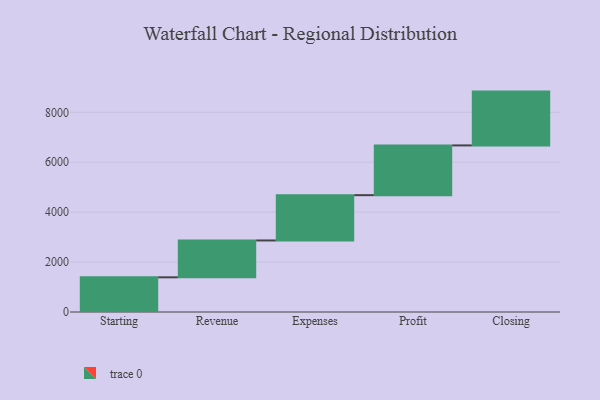
{"axis": {"x": "Step", "y": "Value"}, "legend": [""], "data": [{"x": "Starting", "y": 1390.0, "type": ""}, {"x": "Revenue", "y": 1476.0, "type": ""}, {"x": "Expenses", "y": 1815.0, "type": ""}, {"x": "Profit", "y": 1993.0, "type": ""}, {"x": "Closing", "y": 2156.0, "type": ""}]}